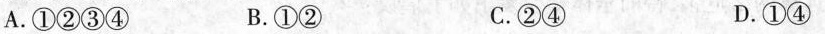
A.①②③④ B.①② C.②④ D.①④